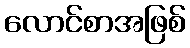
လောင်စာအဖြစ်